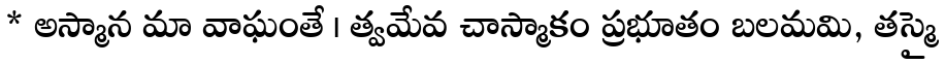
* అస్మాన మా వాఘంతే । త్వమేవ చాస్మాకం ప్రభూతం బలమమి, తస్మై